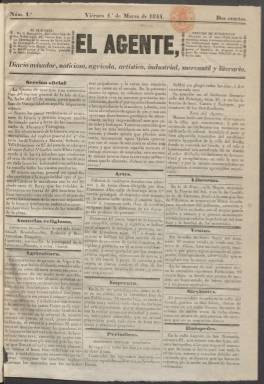
Título: El Agente (Madrid)
Colección: Periódicos anteriores a 1850 || Economía
Ámbito geográfico: Madrid
Lugar de publicación: Madrid
Fechas: 01/03/1844-01/04/1844